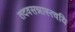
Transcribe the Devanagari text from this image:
तदवसन्नास्त्वयि